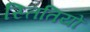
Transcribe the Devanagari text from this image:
स्तितियों